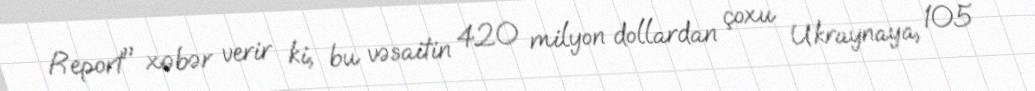
Report" xəbər verir ki, bu vəsaitin 420 milyon dollardan çoxu Ukraynaya, 105